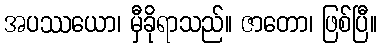
အပဿယော၊ မှီခိုရာသည်။ ဇာတော၊ ဖြစ်ပြီ။